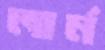
লার্ন